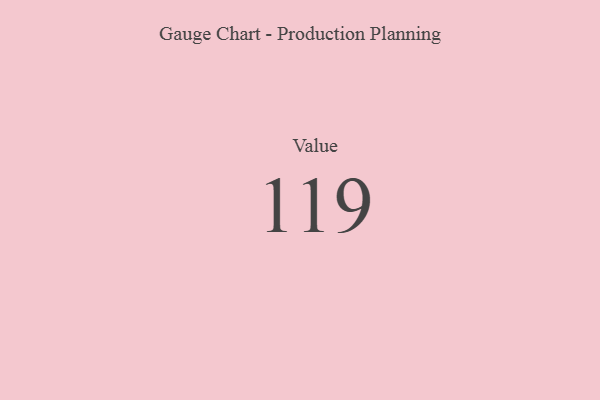
{"axis": {"x": "Metric", "y": "Value"}, "legend": [""], "data": [{"x": "Value", "y": 119, "type": ""}]}